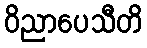
ဝိညာပေသီတိ